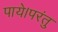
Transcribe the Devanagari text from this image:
पाये।परंतु